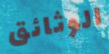
الوثائق